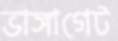
ভাঙ্গাগেট